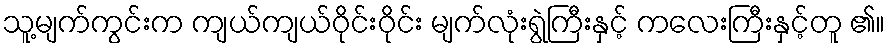
သူ့မျက်ကွင်းက ကျယ်ကျယ်ဝိုင်းဝိုင်း မျက်လုံးရွဲကြီးနှင့် ကလေးကြီးနှင့်တူ ၏။